Report on vaccination in Madras 1877-1894 - 1877-1894
Year: 1877
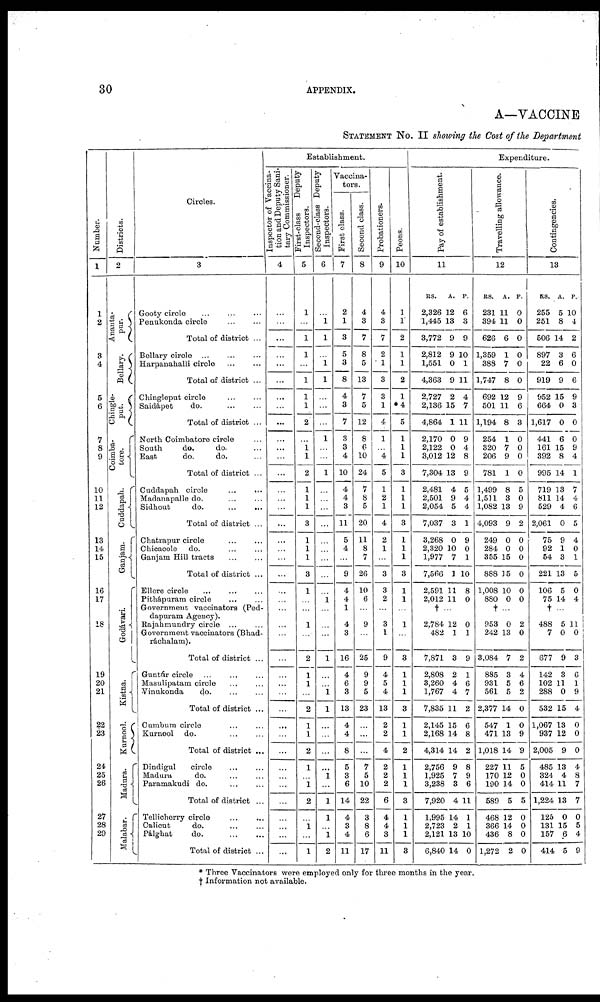
30
APPENDIX.
A—VACCINE
STATEMENT No. II showing the Cost of the Department
Number.
1
1
2
3
4
5
6
7
8
9
10
11
12
13
14
15
16
17
18
19
20
21
22
23
24
25
26
27
28
29
Districts.
2
Ananta-
pur.
Bellary.
Chingle-
put.
Coimba-
tore.
Cuddapah.
Ganjam.
Godávari.
Kistna.
Kurnool.
Madura.
Malabar.
Circles.
3
Gooty circle ... ... ...
Penukonda circle
...
...
Total of district ...
Bellary circle ... ... ...
Harpanahalli circle
...
...
Total of district ...
Chingleput circle
...
...
Saidápet
do. ... ...
Total of district ...
North Coimbatore circle ...
South
do.
do. ...
East
do.
do. ...
Total of district ...
Cuddapah circle
...
...
Madanapalle do. ... ...
Sidhout
do.
...
...
Total of district ...
Chatrapur circle ... ... ...
Chicacole do. ... ...
Ganjam Hill tracts
...
...
Total of district ...
Ellore circle
...
...
...
Pithápuram circle ... ...
Government vaccinators (Ped-
dapuram Agency).
Rajahmundry circle ... ...
Government vaccinators (Bhad-
ráchalam).
Total of district ...
Guntúr circle
...
...
...
Masulipatam circle ... ...
Vinukonda
d
o
. ... ...
Total of district ...
Cumbum circle ... ...
Kurnool do.
...
...
Total of district ...
Dindigul
circle ... ...
Madura
do. ... ...
Paramakudi do.
...
...
Total of district ...
Tellicherry circle
...
...
Calicut
do. ... ...
Pálghat
do.
...
...
Total of district ...
Establishment.
Inspector or Vaccina-
tion and Deputy Sani-
tary Commissioner.
4
...
...
...
...
...
...
...
...
...
...
...
...
...
...
...
...
...
...
...
...
...
...
...
...
...
...
...
...
...
...
...
...
...
...
...
...
...
...
...
...
...
...
First-class
Deputy
Inspectors.
5
1
...
1
1
...
1
1
1
2
...
1
1
2
1
1
1
3
1
1
1
3
1
...
...
1
...
2
1
1
...
2
1
1
2
1
...
1
2
...
1
...
1
Second-class Deputy
Inspectors.
6
...
1
1
...
1
1
...
...
...
1
...
...
1
...
...
...
...
...
...
...
...
...
1
...
...
...
1
...
...
1
1
...
...
...
...
1
...
1
1
...
1
2
Vaccina-
tors.
First class.
7
2
1
3
5
3
8
4
3
7
3
3
4
10
4
4
3
11
5
4
...
9
4
4
1
4
3
16
4
6
3
13
4
4
8
5
3
6
14
4
3
4
11
Second class.
8
4
3
7
8
5
13
7
5
12
8
6
10
24
7
8
5
20
11
8
7
26
10
6
...
9
...
25
9
9
5
23
...
...
...
7
5
10
22
3
8
6
17
Probationers.
9
4
3
7
2
1
3
3
1
4
1
...
4
5
1
2
1
4
2
1
...
3
3
2
...
3
1
9
4
5
4
13
2
2
4
2
2
2
6
4
4
3
11
Peons.
10
1
1
2
1
1
2
1
*4
5
1
1
1
3
1
1
1
3
1
1
1
3
1
1
...
1
...
3
1
1
1
3
1
1
2
1
1
1
3
1
1
1
3
Expenditure.
Pay of establishment.
11
RS.
2,326
1,445
3,772
2,812
1,551
4,363
2,727
2,136
4,864
2,170
2,122
3,012
7,304
2,481
2,501
2,054
7,037
3,268
2,320
1,977
7,566
2,591
2,012
A.
12
13
9
9
0
9
2
15
1
0
0
12
13
4
9
5
3
0
10
7
1
11
11
P.
6
3
9
10
1
11
4
7
11
9
4
8
9
5
4
4
1
9
0
1
10
8
0
† ...
2,784
482
7,871
2,808
3,260
1,767
7,835
2,145
2,168
4,314
2,756
1,925
3,238
7,920
1,995
2,723
2,121
6,840
12
1
3
2
4
4
11
15
14
14
9
7
3
4
14
2
13
14
0
1
9
1
6
7
2
6
8
2
8
9
6
11
1
1
10
0
Travelling allowance.
12
RS.
231
394
626
1,359
388
1,747
692
501
1,194
254
320
206
781
1,499
1,511
1,082
4,093
249
284
355
888
1,008
880
A.
11
11
6
1
7
8
12
11
8
1
7
9
1
8
3
13
9
0
0
15
15
10
0
P.
0
0
0
0
0
0
9
6
3
0
0
0
0
5
0
9
2
0
0
0
0
0
0
† ...
953
242
3,084
885
931
561
2,377
547
471
1,018
227
170
190
589
468
366
436
1,272
0
13
7
3
5
5
14
1
13
14
11
12
14
5
12
14
8
2
2
0
2
4
6
2
0
0
9
9
5
0
0
5
0
0
0
0
Contingencies.
13
RS.
255
251
506
897
22
919
952
664
1,617
441
161
392
995
719
811
529
2,061
75
92
54
221
106
75
A.
5
8
14
3
6
9
15
0
0
6
15
8
14
13
14
4
0
9
1
3
13
5
14
P.
10
4
2
6
0
6
9
3
0
0
9
4
1
7
4
6
5
4
0
1
5
0
4
† ...
488
7
677
142
102
288
532
1,067
937
2,005
485
324
414
1,224
125
131
157
414
5
0
9
3
11
0
15
13
12
9
13
4
11
13
0
15
6
5
11
0
3
6
1
9
4
0
0
0
4
8
7
7
0
5
4
9
* Three Vaccinators were employed only for three months in the year.
† Information not available.